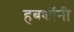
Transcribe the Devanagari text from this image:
हबशींनी